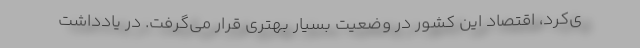
ی‌کرد، اقتصاد این کشور در وضعیت بسیار بهتری قرار می‌گرفت. در یادداشت